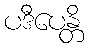
ပဒီပေန္တိ